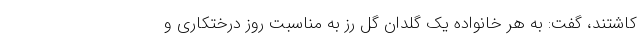
کاشتند، گفت: به هر خانواده یک گلدان گل رز به مناسبت روز درختکاری و